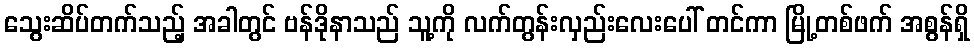
သွေးဆိပ်တက်သည့် အခါတွင် ဗန်ဒိုနာသည် သူ့ကို လက်တွန်းလှည်းလေးပေါ် တင်ကာ မြို့တစ်ဖက် အစွန်ရှိ